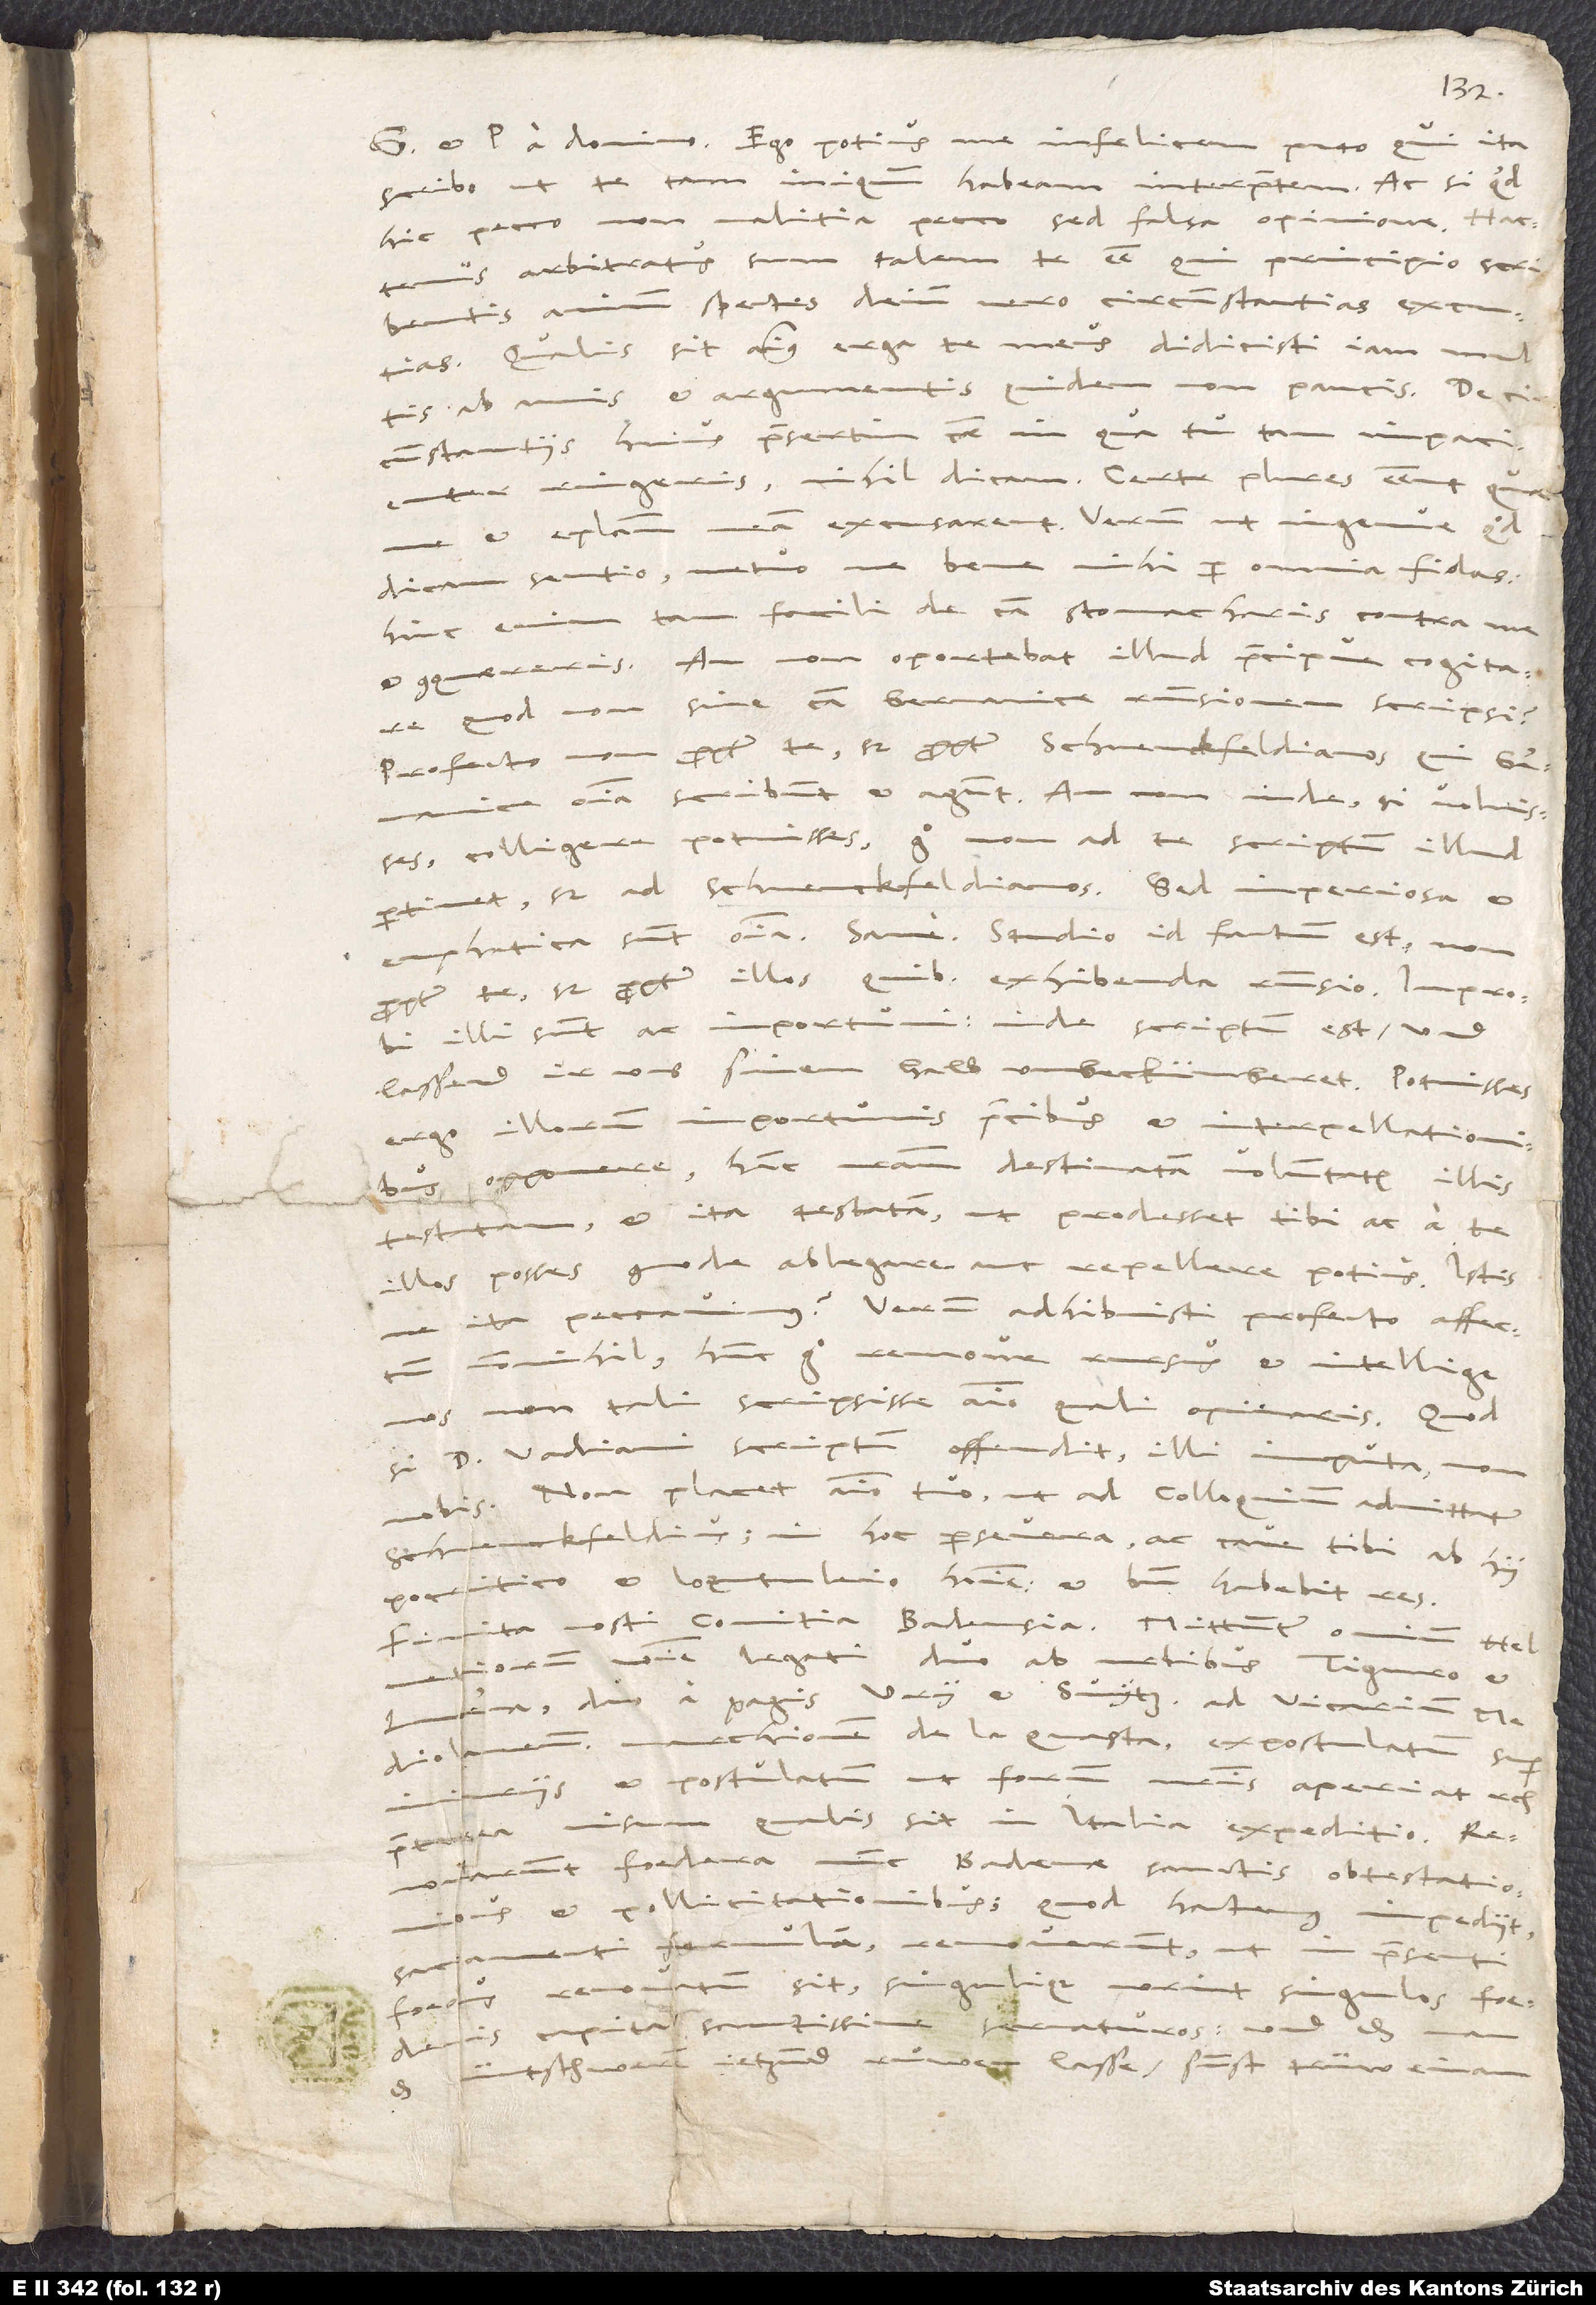
domino. Ego potius me infelicem puto, qui ita
scribo, ut te tam iniquum habeam interpretem, ac si quid
hic pecco, non malitia pecco, sed falsa opinione. Hactenus
arbitratus sum talem te esse, qui principio scribentis
animum spectes, deinde vero circumstantias excutias.
Qualis sit animus erga te meus, didicisti iam multis
ab annis et argumentis quidem non paucis. De
circumstantiis huius praesertim causae, in qua tu tam impacienter
ringeris, nihil dicam. Certe plures essent, quae
et epistolam
metuo, ne bene mihi per omnia fidas;
dicam sentio,
tam facili de causa stomacharis contra me
hinc enim
An non oportebat illud praecipue cogitare,
et conquereris.
sine causa Germanice responsionem scripsi?
propter te, sed propter Schwenckfeldianos, qui Germanice
Profecto
scribunt et agunt. An non inde, si voluisses,
colligere potuisses, ergo non ad te scriptum illud
pertinet, sed ad Schvenckfeldianos? Sed imperiosa et
emphatica sunt omnia. Sane! Studio id factum est,
propter te, sed propter illos, quibus exhibenda responsio.
illi sunt ac importuni. Inde scriptum est: „Und
lassend ir uns sinen halb unbeckümberet.“ Potuisses
ergo illorum importunis precibus et interpellationibus
opponere hanc nostram destinatam voluntatem, illis
testatam et ita testatam, ut prodesset tibi ac a te
illos posses commode ablegare aut repellere potius. Istisne
ita peccavimus? Verum adhibuisti profecto affectum
nonnihil; hunc ergo remove rursus et intellige
nos non tali scripsisse animo, quali opinaris. Quod
si d. Vadiani scriptum offendit, illi imputa, non
nobis. Non placet animo tuo, ut ad colloquium admittatur
Schvenckfeldius. In hoc persevera ac cave tibi ab
hypocritico et loqutuleio homine, et bene habebit res.
Finita nosti comitia Badensia. Mittuntur omnium Helvetiorum
nomine legati, duo ab urbibus Tiguro et
Lucerna, duo a pagis Ury et Svytz, ad vicarium
marchionem de La Quasta, expostulatum super
et postulatum, ut forum nostris aperiat, etc.
visum, qualis sit in Italia expeditio.
Renovarunt foedera nunc Badenae sanctis obtestationibus
et pollicitationibus (quod hactenus impediit,
sacramenti formulam renoverint), ut in praesenti
si
foedus renovatum sit, singulique norint singulos foederis
capita sanctissime servaturos, und
d.
nütschweren ietzund ruͦwen lasse, sunst trüw einand